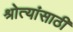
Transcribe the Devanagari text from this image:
श्रोत्यांसाठी